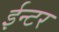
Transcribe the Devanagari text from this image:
ईन्टर